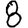
Digit: 8